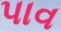
પાવ